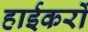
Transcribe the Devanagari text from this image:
हाईकरों